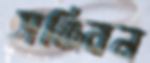
সঞ্জিবন